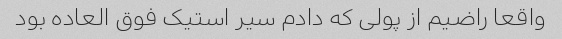
واقعا راضیم از پولی که دادم سیر استیک فوق العاده بود